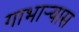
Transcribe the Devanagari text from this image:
गाभाऱ्यास